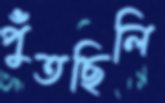
পুঁতছিলি